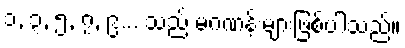
၁, ၃, ၅, ၇, ၉... သည် မဂဏန်းများဖြစ်ပါသည်။